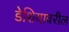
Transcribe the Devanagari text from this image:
डेशियावरील